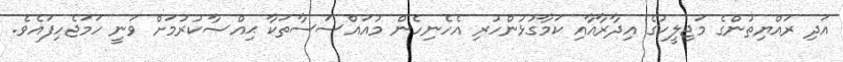
އަދި ރައްޔިތުންގެ މަޖިލީހުގެ އިދާރާއާއި ކަމާގުޅުންހުރި އެހެނިހެން މުއައްސަސާތަކާ ޙިއްޞާކުރުމަށް ވަނީ ހަމަޖެހިފައެވެ.